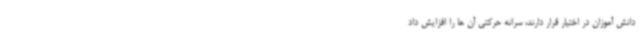
دانش آموزان در اختیار قرار دارند، سرانه حرکتی آن ها را افزایش داد